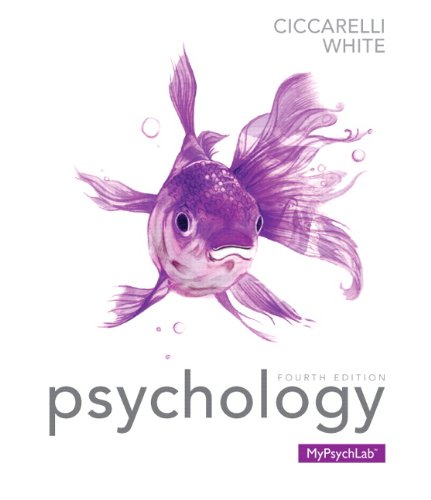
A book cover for Psychology (paperback) (4th Edition); Saundra K. Ciccarelli; Medical Books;